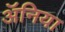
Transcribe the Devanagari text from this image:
ॲनिया